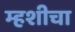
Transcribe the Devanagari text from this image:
म्हशीचा